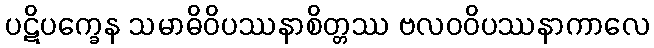
ပဋိပက္ခေန သမာဓိဝိပဿနာစိတ္တဿ ဗလဝဝိပဿနာကာလေ